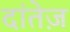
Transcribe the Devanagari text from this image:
दांतेज़